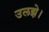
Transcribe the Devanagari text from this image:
उलझे।